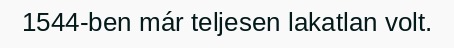
1544-ben már teljesen lakatlan volt.